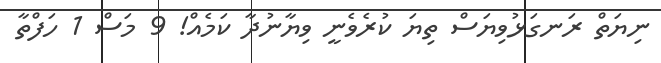
ނިޔަތް ރަނގަޅުވިޔަސް ތިޔަ ކުރެވެނީ ވިޔާނުދާ ކަމެއް! 9 މަސް 1 ހަފްތާ